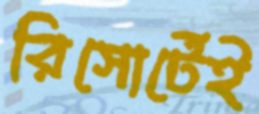
রিসোর্টেই